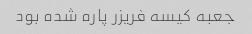
جعبه کیسه فریزر پاره شده بود